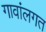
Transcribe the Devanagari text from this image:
गावांलगत